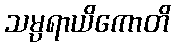
သမ္ပရာယိကောတိ